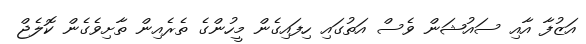
އަޒުފާ އާއި ސައުޝަން ވެސް އަތުގައި ހިފައިގެން މީހުންގެ ތެރެއިން ތާށިވެގެން ކޮލެޖް